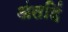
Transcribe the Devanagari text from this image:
अंतहिं